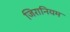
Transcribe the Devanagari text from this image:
जिरानियम